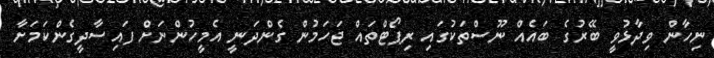
ނިހާން ވިދާޅުވީ ބޭރުގެ ބައެއް ނޫސްތަކުގައި ރިޕޯޓްތައް ޖަހަމުން ގެންދަނީ އެމީހުންނަށް ފައިސާދީގެންކަމަށާ